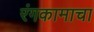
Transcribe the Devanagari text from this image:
रंगकामाचा